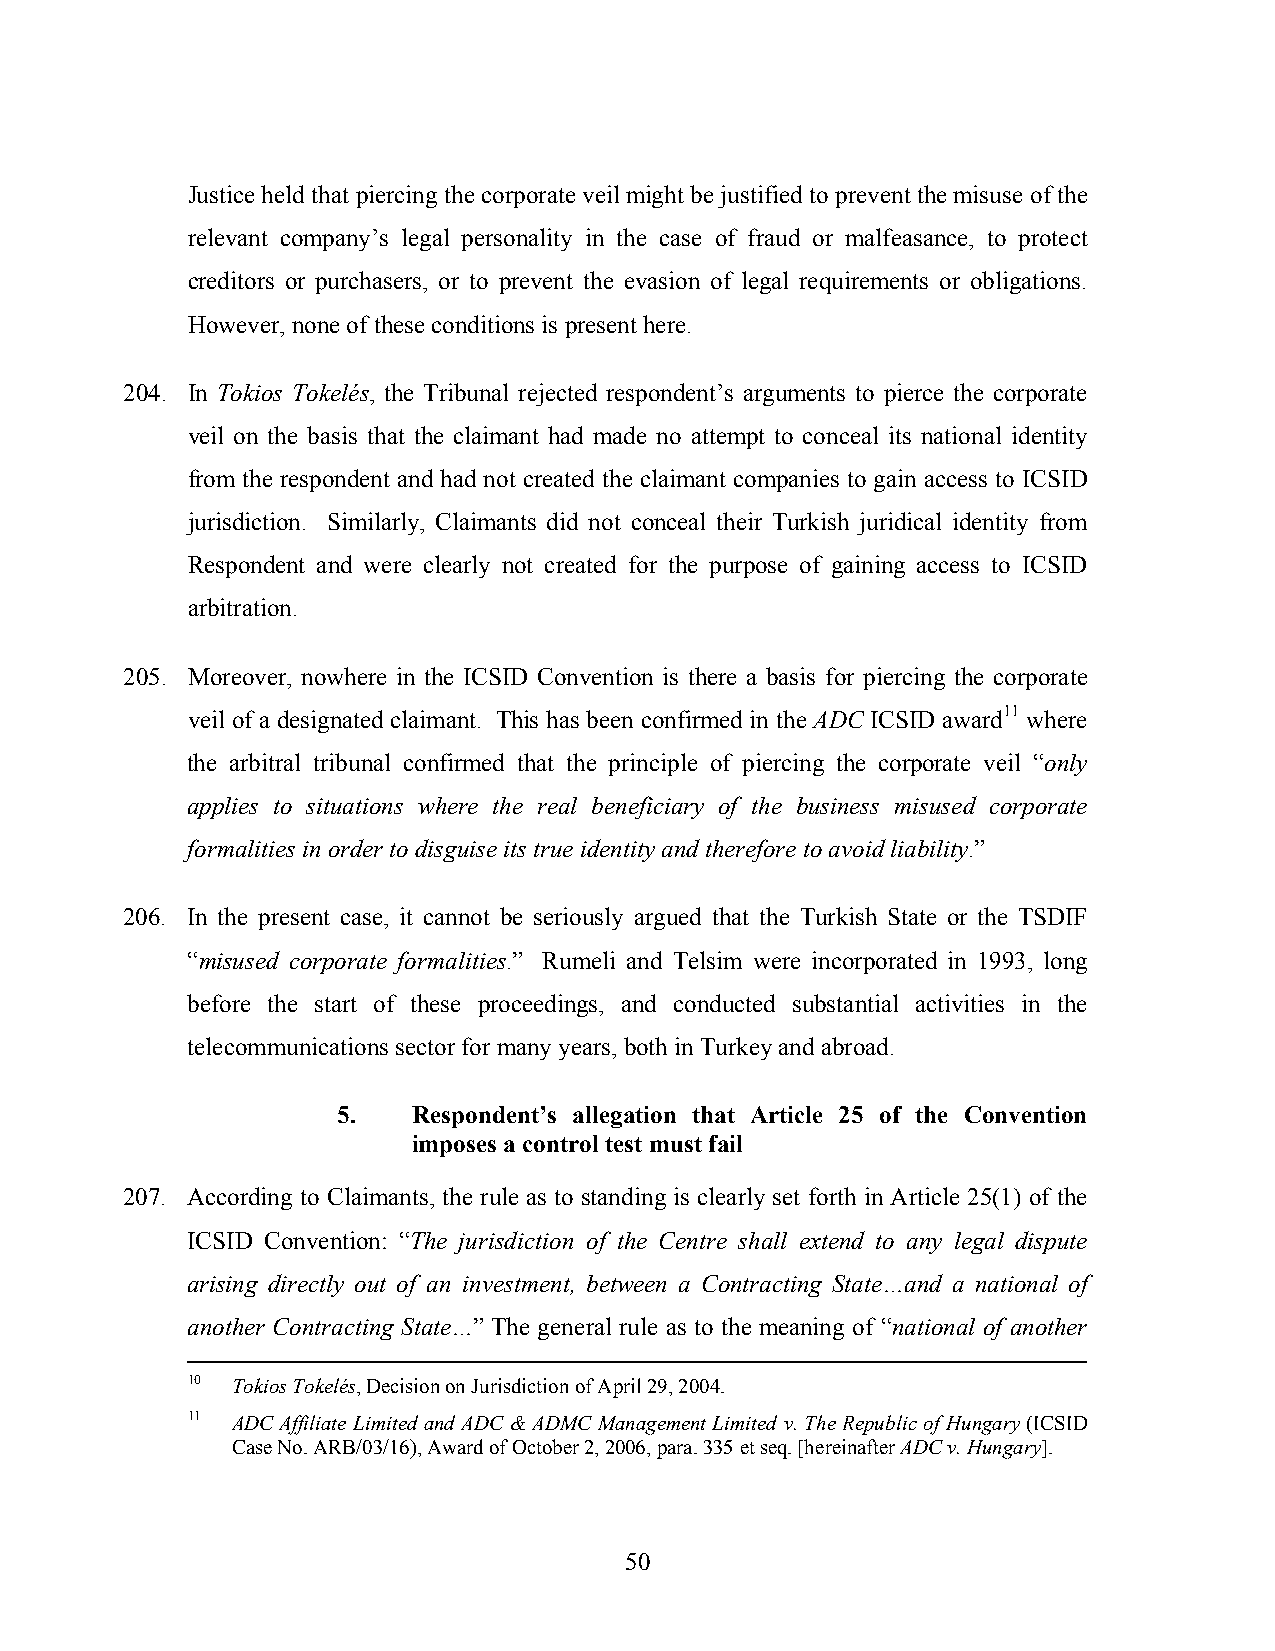
Justice held that piercing the corporate veil might be justified to prevent the misuse of the
 relevant company’s legal personality in the case of fraud or malfeasance, to protect
 creditors or purchasers, or to prevent the evasion of legal requirements or obligations.
 However, none of these conditions is present here.
 204. In Tokios Tokelés, the Tribunal rejected respondent’s arguments to pierce the corporate
 veil on the basis that the claimant had made no attempt to conceal its national identity
 from the respondent and had not created the claimant companies to gain access to ICSID
 jurisdiction. Similarly, Claimants did not conceal their Turkish juridical identity from
 Respondent and were clearly not created for the purpose of gaining access to ICSID
 arbitration.
 205. Moreover, nowhere in the ICSID Convention is there a basis for piercing the corporate
 veil of a designated claimant. This has been confirmed in the ADC ICSID award11 where
 the arbitral tribunal confirmed that the principle of piercing the corporate veil “only
 applies to situations where the real beneficiary of the business misused corporate
 formalities in order to disguise its true identity and therefore to avoid liability.”
 206. In the present case, it cannot be seriously argued that the Turkish State or the TSDIF
 “misused corporate formalities.” Rumeli and Telsim were incorporated in 1993, long
 before the start of these proceedings, and conducted substantial activities in the
 telecommunications sector for many years, both in Turkey and abroad.
 5.   Respondent’s allegation that Article 25 of the Convention
 imposes a control test must fail
 207. According to Claimants, the rule as to standing is clearly set forth in Article 25(1) of the
 ICSID Convention: “The jurisdiction of the Centre shall extend to any legal dispute
 arising directly out of an investment, between a Contracting State…and a national of
 another Contracting State…” The general rule as to the meaning of “national of another
 10 Tokios Tokelés, Decision on Jurisdiction of April 29, 2004.
 11 ADC Affiliate Limited and ADC & ADMC Management Limited v. The Republic of Hungary (ICSID
 Case No. ARB/03/16), Award of October 2, 2006, para. 335 et seq. [hereinafter ADC v. Hungary].
 50